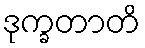
ဒုက္ခတာတိ